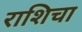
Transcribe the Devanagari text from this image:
राशिचा